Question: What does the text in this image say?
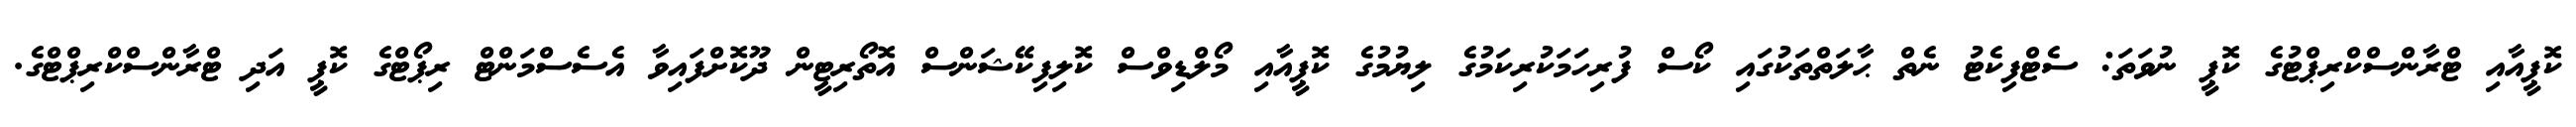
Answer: ކޮޕީއާއި ޓްރާންސްކްރިޕްޓުގެ ކޮޕީ ނުވަތަ: ސެޓްފިކެޓު ނެތް ޙާލަތްތަކުގައި ކޯސް ފުރިހަމަކުރިކަމުގެ ލިޔުމުގެ ކޮޕީއާއި މޯލްޑިވްސް ކޮލިފިކޭޝަންސް އޮތޯރިޓީން ދޫކޮށްފައިވާ އެސެސްމަންޓް ރިޕޯޓްގެ ކޮޕީ އަދި ޓްރާންސްކްރިޕްޓްގެ.